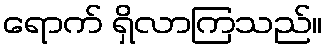
ရောက် ရှိလာကြသည်။